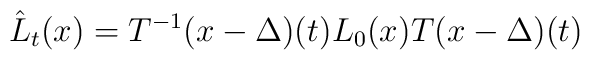
\hat{L}_t(x)=T^{-1}(x-\Delta )(t)L_0(x)T(x-\Delta )(t)